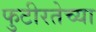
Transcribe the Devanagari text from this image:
फुटीरतेच्या